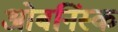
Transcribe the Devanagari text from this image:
ओबनिंस्क